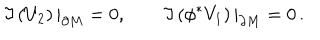
\Im \left( U _ { 2 } \right) | _ { \partial M } = 0 , \qquad \Im \left( \phi ^ { * } V _ { 1 } \right) | _ { \partial M } = 0 \, .